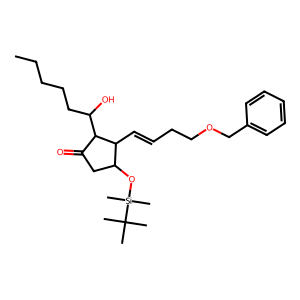
SMILES: CCCCCC(O)C1C(=O)CC(O[Si](C)(C)C(C)(C)C)C1C=CCCOCc1ccccc1
Inhibits HIV replication: No